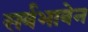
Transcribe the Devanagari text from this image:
सर्वभावेन